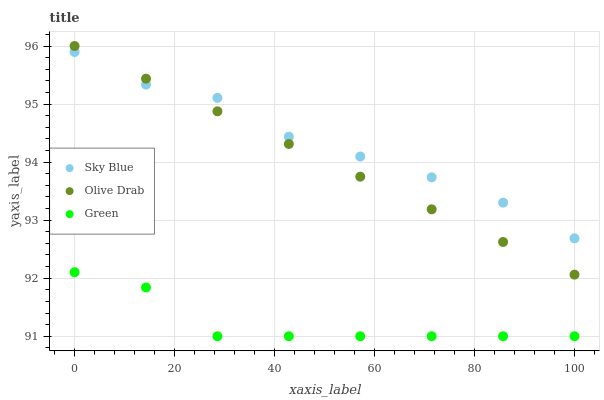
| xaxis_label | Sky Blue | Olive Drab | Green |
 | --- | --- | --- | --- |
 | 0 | 95.9 | 96 | 92.1 |
 | 14.3 | 95.3 | 95.4 | 91.8 |
 | 28.6 | 95.1 | 94.9 | 91 |
 | 42.9 | 94.4 | 94.3 | 91 |
 | 57.1 | 94.1 | 93.7 | 91 |
 | 71.4 | 93.7 | 93.2 | 91 |
 | 85.7 | 93.3 | 92.6 | 91 |
 | 100 | 92.7 | 92.1 | 91 |